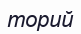
торий